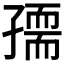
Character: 𡦘